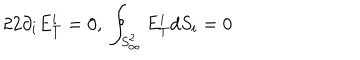
LaTeX: 2 2 \partial _ { i } E _ { T } ^ { i } = 0 , \; \oint _ { S _ { \infty } ^ { 2 } } E _ { T } ^ { i } d S _ { i } = 0